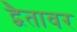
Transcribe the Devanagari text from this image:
द्वैतावर